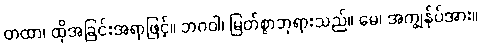
တထာ၊ ထိုအခြင်းအရာဖြင့်။ ဘဂဝါ၊ မြတ်စွာဘုရားသည်။ မေ၊ အကျွန်ုပ်အား။